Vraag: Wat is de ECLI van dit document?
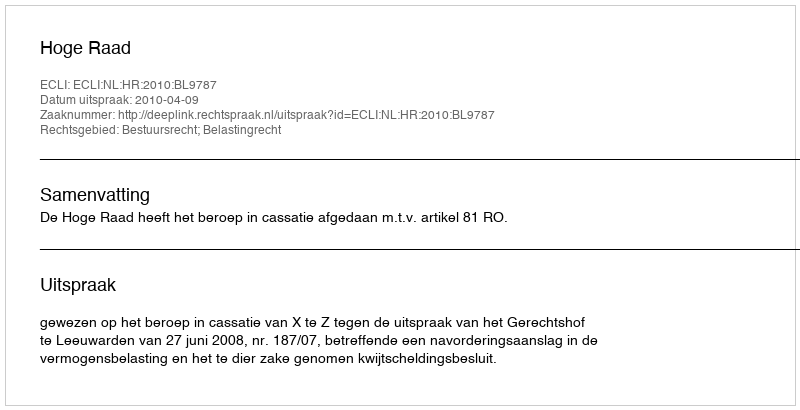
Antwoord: ECLI:NL:HR:2010:BL9787